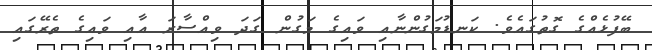
ބޭފުޅެއްގެ ގޮތުގައެވެ. ކަނޑުމަގުންނާއި ވައިގެ މަގުން ގަދަ ވިއްސާރަ އާއި ވައިގެ ތެރޭގައި